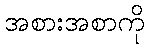
အစားအစာကို